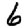
Digit: 6